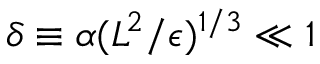
\delta \equiv \alpha ( L ^ { 2 } / \epsilon ) ^ { 1 / 3 } \ll 1